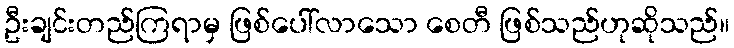
ဦးချင်းတည်ကြရာမှ ဖြစ်ပေါ်လာသော စေတီ ဖြစ်သည်ဟုဆိုသည်။